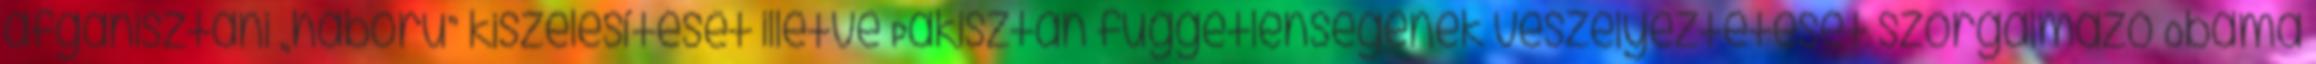
afganisztáni „háború” kiszélesítését illetve Pakisztán függetlenségének veszélyeztetését szorgalmazó Obama